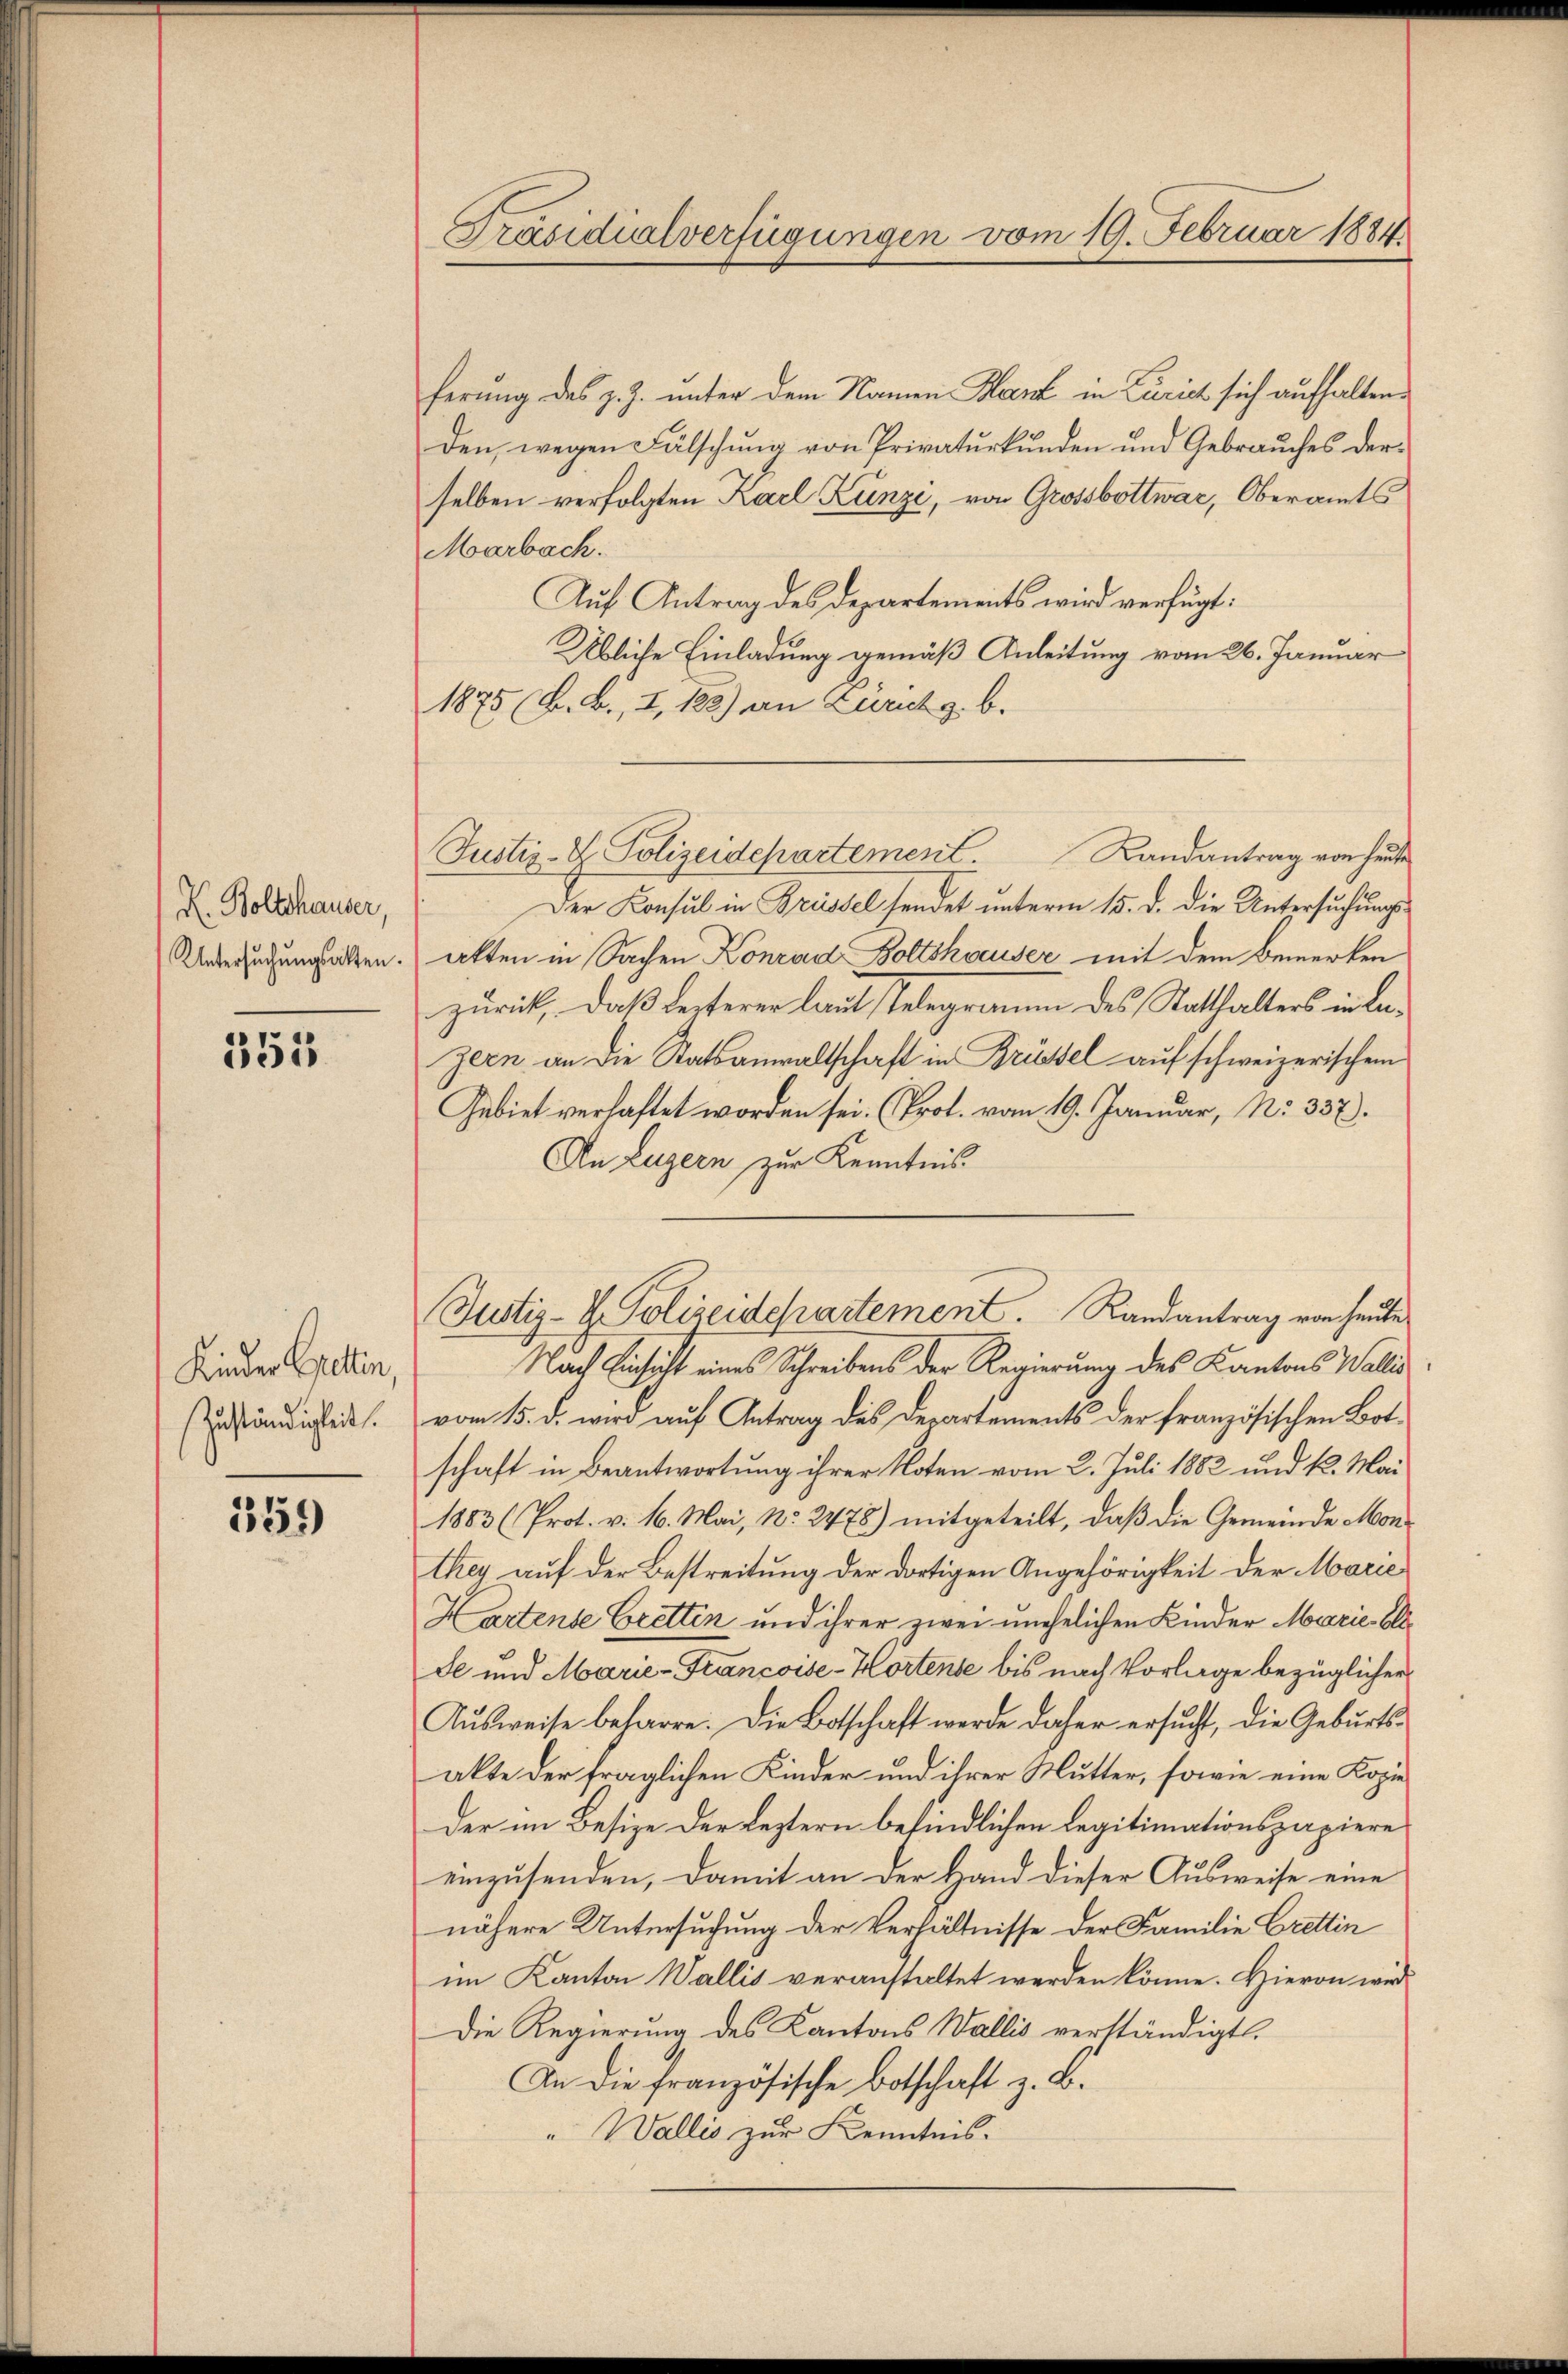
H. Boltshauser,
Untersuchungsatten.

351

Kinder Spettin,
Zuständigkeit.

559)

Präsidialverfügungen vom 19. Februar 1884

ferung des z. Z. unter dem Namen Klar in Zürich sich aufhaltenden, wegen Fälschung von Privaturkunden und Gebrauches derselben verfolgten Karl Lunze, von Grossbottwar, Oberamts
Marbach.
Auf Antrag des Departements wird verfügt:
Übliche Einladung gemäß Anleitung vom 26. Januar
1875 (L. B., I, 183) an Zürichg. b.
Der Konsul in Brüssel sendet unterm 15. d. die Untersuchungsakten in Sachen Konrad Boltshauser mit dem Bemerken
zurich, daß ferterer laut Telegramm des Statthalters in Lazern an die Statsanwaltschaft in Brüssel auf schweizerischem
Gebiet verhaftet worden sei. (Prot. vom 19. Januar, N. 337.
An Luzern zur Kenntnis
Justiz-H. Polizeidepartement. Randantrag von heute
Nach Einsicht eines Schreibens der Regierung des Kantons Wallis
vom 15. d. wird auf Antrag des Departements der französischen Botschaft in Beantwortung ihrer Noten vom 2. Juli 1882 und kl. Mai
1883 (Prot. v. 16. Mai, No. 2478) mitgeteilt, daß die Gemeinde Monthey auf der Bestreitung der dortigen Angehörigkeit der Marie
Hartense Cretten und ihrer zwei unehelichen Kinder Marie-Olsde und Marie-Francoise-Hortense bis nach Vorlage bezüglicher
Aŭsweise beharre. Die Botschaft werde daher ersŭcht, die Gebŭrts-
akte der fraglichen Kinder und ihrer Mutter, sowie eine Kopieder im Besize der Leztern befindlichen Legitimationspapiere
einzusenden, damit an der Hand dieser Ausweise eine
nähere Untersuchung der Verhältnisse der Familie Crettin
im Kanton Wallis veranstaltet werden könne. Hievon wird
Die Regierung des Kantons Wallis verständigt.
An die französische Botschaft z. B.
" Wallis zur Kenntnis.

Justiz- & Polizeidepartement. Landantrag von heute